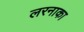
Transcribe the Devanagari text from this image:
लरनाका